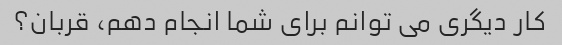
کار دیگری می توانم برای شما انجام دهم، قربان؟